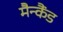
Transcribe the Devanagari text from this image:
मैन्कैंड